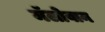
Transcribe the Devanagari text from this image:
मॅलोवान